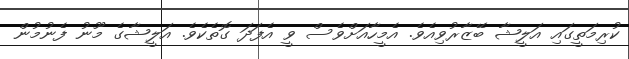
ކުރިމަތީގައި އަލީޝާ ބޭޒާރުވިއެވެ. އެމީހާއަށްވެސް ވީ އެފަދަ ގޮތެކެވެ. އަލީޝާގެ މޫނު ފެނުމުން